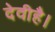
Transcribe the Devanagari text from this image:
देवीहै।